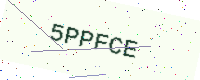
Text: 5PPFCE